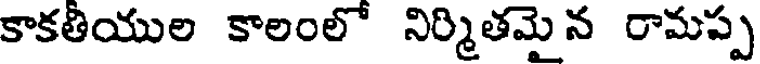
కాకతియుల కాలంలో నిర్మితమైన రామప్ప